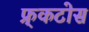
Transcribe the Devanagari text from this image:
फ्र्कटोस